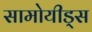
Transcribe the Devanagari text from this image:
सामोयीड्स